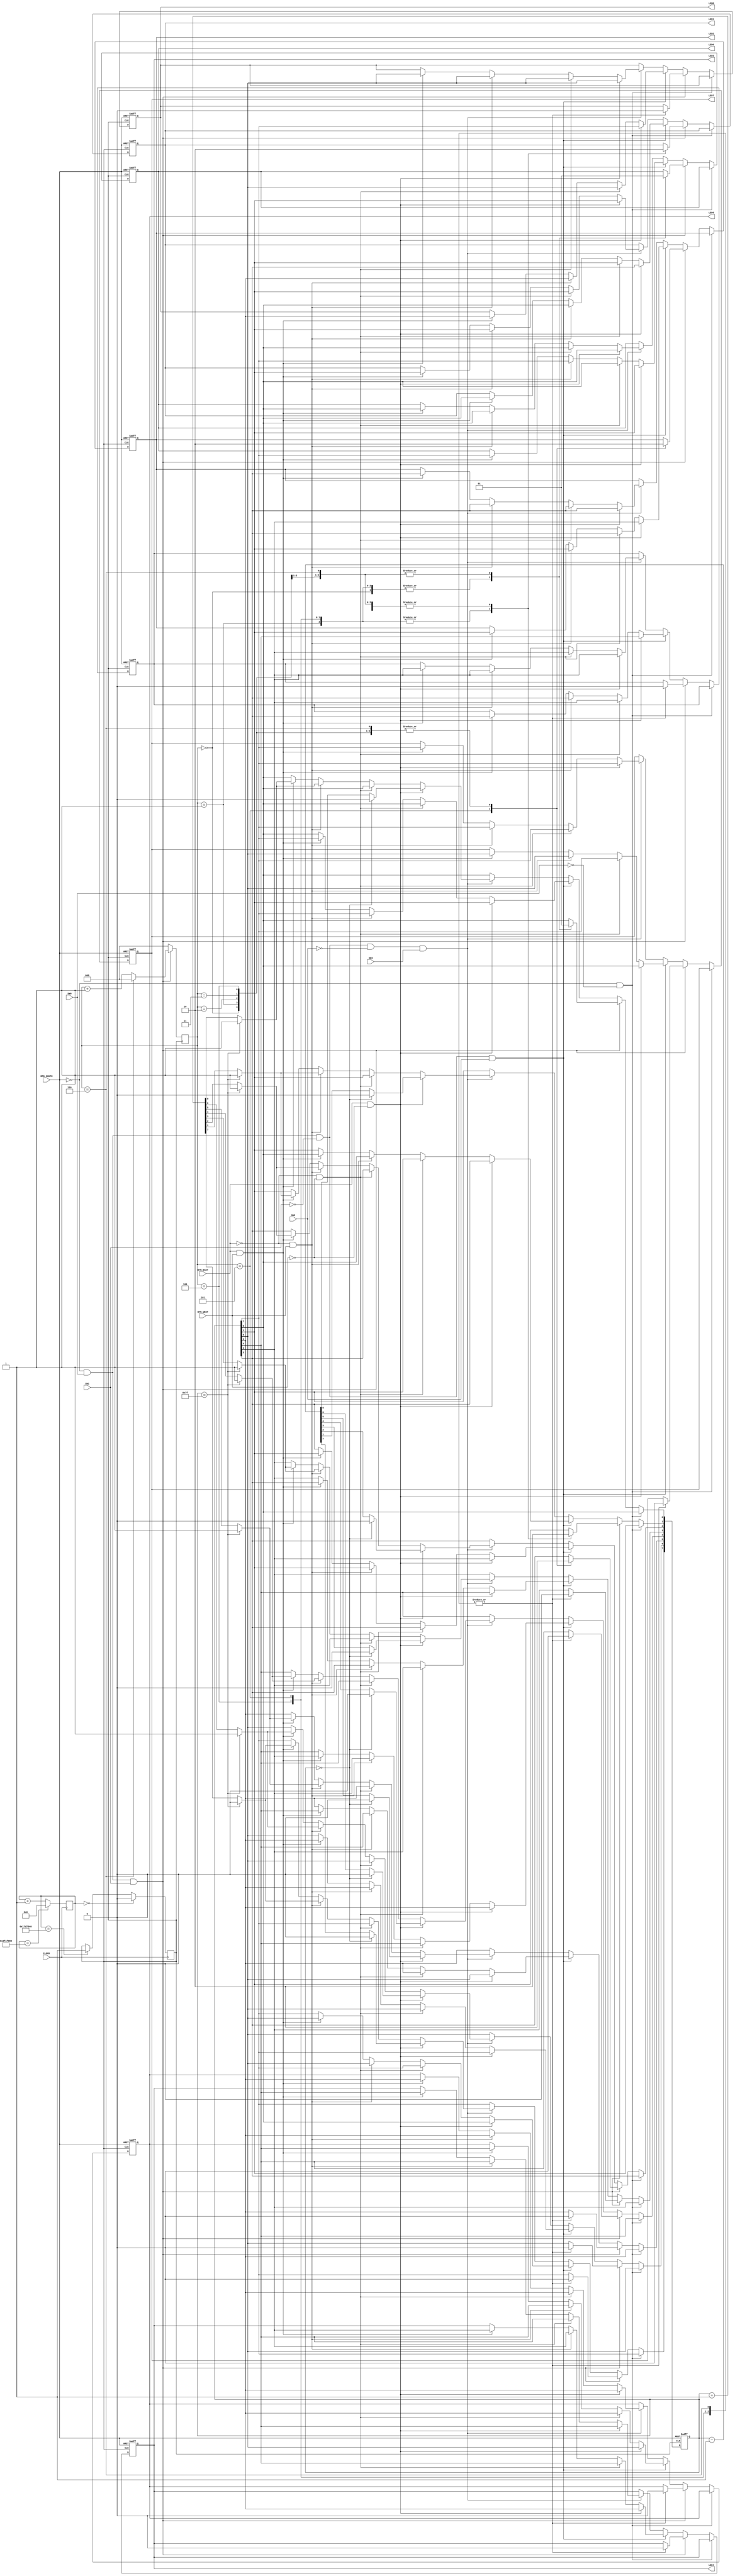
`timescale 1ns / 1ps
//////////////////////////////////////////////////////////////////////////////////
// Company: 
// Engineer: 
// 
// Design Name: 
// Module Name:    CNT 
// Project Name: 
// Target Devices: 
// Tool versions: 
// Description: 
//
// Dependencies: 
//
// Revision: 
// Revision 0.01 - File Created
// Additional Comments: 
//
//////////////////////////////////////////////////////////////////////////////////
module CNT(
    input BTN_SOUTH,
    input BTN_WEST,
    input BTN_EAST,
    input SW0,
    input SW1,
    input SW2,
    input SW3,
    input CLOCK,
    output reg LED0,
    output reg LED1,
    output reg LED2,
    output reg LED3,
    output reg LED4,
    output reg LED5,
    output reg LED6,
    output reg LED7
    );
	 
    reg clock_new;
	 reg [29:0]counter;
	 reg [2:0]count;
	 reg [7:0]state;

	 always @(posedge CLOCK)
	 begin
	
		 if(counter==50000000)
			counter<=0;
		 else
		  counter<=counter+1;
	 end
	  
	  
	  
	 always @(posedge CLOCK)
	 begin

		 if(counter==0)
			clock_new<=0;
		 else if(counter==25000000)
			clock_new<=1;
	 
	 end
	 
	 
always @(posedge clock_new)begin
if(BTN_SOUTH==0 && SW0==1 && SW1==1)begin
if(count==6)
count<=0;
else
count<=count+1;
end

else
count<=0;
end

always @(posedge clock_new or posedge BTN_SOUTH)begin

if(BTN_SOUTH)begin
LED0<=0;
LED1<=0;
LED2<=0;
LED3<=0;
LED4<=0;
LED5<=0;
LED6<=0;
LED7<=0;
state<=0;
end
else if(BTN_SOUTH==0 && SW0==0)begin
LED0<=LED0;
LED1<=LED1;
LED2<=LED2;
LED3<=LED3;
LED4<=LED4;
LED5<=LED5;
LED6<=LED6;
LED7<=LED7;
end



else if(BTN_SOUTH==0 && SW0==1 && SW1==1)begin
case(count)
0:begin
LED0<=0;
LED1<=0;
LED2<=0;
LED3<=0;
LED4<=0;
LED5<=0;
LED6<=0;
LED7<=0;
state<=0;
end
1:begin
LED0<=0;
LED1<=1;
LED2<=0;
LED3<=0;
LED4<=0;
LED5<=0;
LED6<=0;
LED7<=0;
state<=2;
end
2:begin
LED0<=1;
LED1<=0;
LED2<=0;
LED3<=0;
LED4<=0;
LED5<=0;
LED6<=0;
LED7<=0;
state<=1;
end
3:begin
LED0<=1;
LED1<=0;
LED2<=0;
LED3<=0;
LED4<=0;
LED5<=0;
LED6<=0;
LED7<=0;
state<=1;
end
4:begin
LED0<=0;
LED1<=1;
LED2<=0;
LED3<=0;
LED4<=0;
LED5<=0;
LED6<=0;
LED7<=0;
state<=2;
end
5:begin
LED0<=0;
LED1<=1;
LED2<=1;
LED3<=0;
LED4<=0;
LED5<=0;
LED6<=0;
LED7<=0;
state<=6;
end
6:begin
LED0<=1;
LED1<=0;
LED2<=0;
LED3<=0;
LED4<=0;
LED5<=0;
LED6<=0;
LED7<=0;
state<=1;
end
endcase
end



else if(BTN_SOUTH==0 && SW0==1 && SW1==0 && SW2==1)begin
if(BTN_EAST==1 && BTN_WEST==0)begin
LED0<=state[1];
LED1<=state[2];
LED2<=state[3];
LED3<=state[4];
LED4<=state[5];
LED5<=state[6];
LED6<=state[7];
LED7<=state[0];
state[0]<=state[1];
state[1]<=state[2];
state[2]<=state[3];
state[3]<=state[4];
state[4]<=state[5];
state[5]<=state[6];
state[6]<=state[7];
state[7]<=state[0];
end
else if(BTN_EAST==0 && BTN_WEST==0)begin
LED0<=state[0];
LED1<=state[1];
LED2<=state[2];
LED3<=state[3];
LED4<=state[4];
LED5<=state[5];
LED6<=state[6];
LED7<=state[7];
end
else if(BTN_EAST==0 && BTN_WEST==1)begin
LED0<=state[7];
LED1<=state[0];
LED2<=state[1];
LED3<=state[2];
LED4<=state[3];
LED5<=state[4];
LED6<=state[5];
LED7<=state[6];
state[0]<=state[7];
state[1]<=state[0];
state[2]<=state[1];
state[3]<=state[2];
state[4]<=state[3];
state[5]<=state[4];
state[6]<=state[5];
state[7]<=state[6];
end
else if(BTN_EAST==1 && BTN_WEST==1)begin
LED0<=state[7];
LED1<=state[0];
LED2<=state[1];
LED3<=state[2];
LED4<=state[3];
LED5<=state[4];
LED6<=state[5];
LED7<=state[6];
state[0]<=state[7];
state[1]<=state[0];
state[2]<=state[1];
state[3]<=state[2];
state[4]<=state[3];
state[5]<=state[4];
state[6]<=state[5];
state[7]<=state[6];
end
end

else if(BTN_SOUTH==0 && SW0==1 && SW1==0 && SW2==0 && SW3==1)begin
if(BTN_EAST==1 && BTN_WEST==0)begin
if(state==0)
state<=0;
else
state<=state-1;
LED0<=state[0];
LED1<=state[1];
LED2<=state[2];
LED3<=state[3];
LED4<=state[4];
LED5<=state[5];
LED6<=state[6];
LED7<=state[7];

end
else if(BTN_EAST==0 && BTN_WEST==0)begin
LED0<=state[0];
LED1<=state[1];
LED2<=state[2];
LED3<=state[3];
LED4<=state[4];
LED5<=state[5];
LED6<=state[6];
LED7<=state[7];
end
else if(BTN_EAST==0 && BTN_WEST==1)begin
if(state==127)
state<=127;
else
state<=state+1;

LED0<=state[0];
LED1<=state[1];
LED2<=state[2];
LED3<=state[3];
LED4<=state[4];
LED5<=state[5];
LED6<=state[6];
LED7<=state[7];
end
else if(BTN_EAST==1 && BTN_WEST==1)begin
if(state==127)
state<=127;
else
state<=state+1;

LED0<=state[0];
LED1<=state[1];
LED2<=state[2];
LED3<=state[3];
LED4<=state[4];
LED5<=state[5];
LED6<=state[6];
LED7<=state[7];
end

end

else begin
LED0<=LED0;
LED1<=LED1;
LED2<=LED2;
LED3<=LED3;
LED4<=LED4;
LED5<=LED5;
LED6<=LED6;
LED7<=LED7;
end


end







endmodule